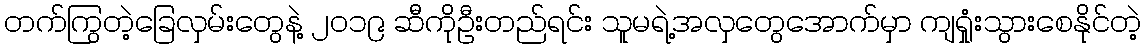
တက်ကြွတဲ့ခြေလှမ်းတွေနဲ့ ၂၀၁၉ ဆီကိုဦးတည်ရင်း သူမရဲ့အလှတွေအောက်မှာ ကျရှုံးသွားစေနိုင်တဲ့